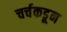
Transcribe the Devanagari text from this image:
चर्चकडून